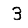
Digit: 3